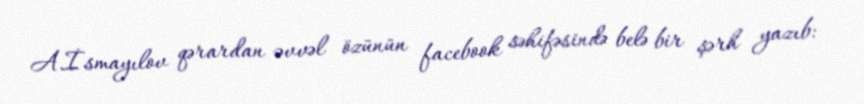
A.İsmayılov qərardan əvvəl özünün facebook səhifəsində belə bir şərh yazıb: